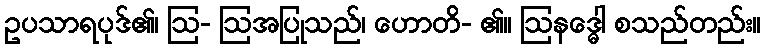
ဥပသာရပုဒ်၏၊ ဩ- ဩအပြုသည်၊ ဟောတိ- ၏။ ဩနဒ္ဓေါ စသည်တည်း။